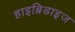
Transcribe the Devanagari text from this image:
हाइब्रिडाइज